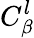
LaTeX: {C}_{\beta}^{l}